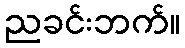
ညခင်းဘက်။